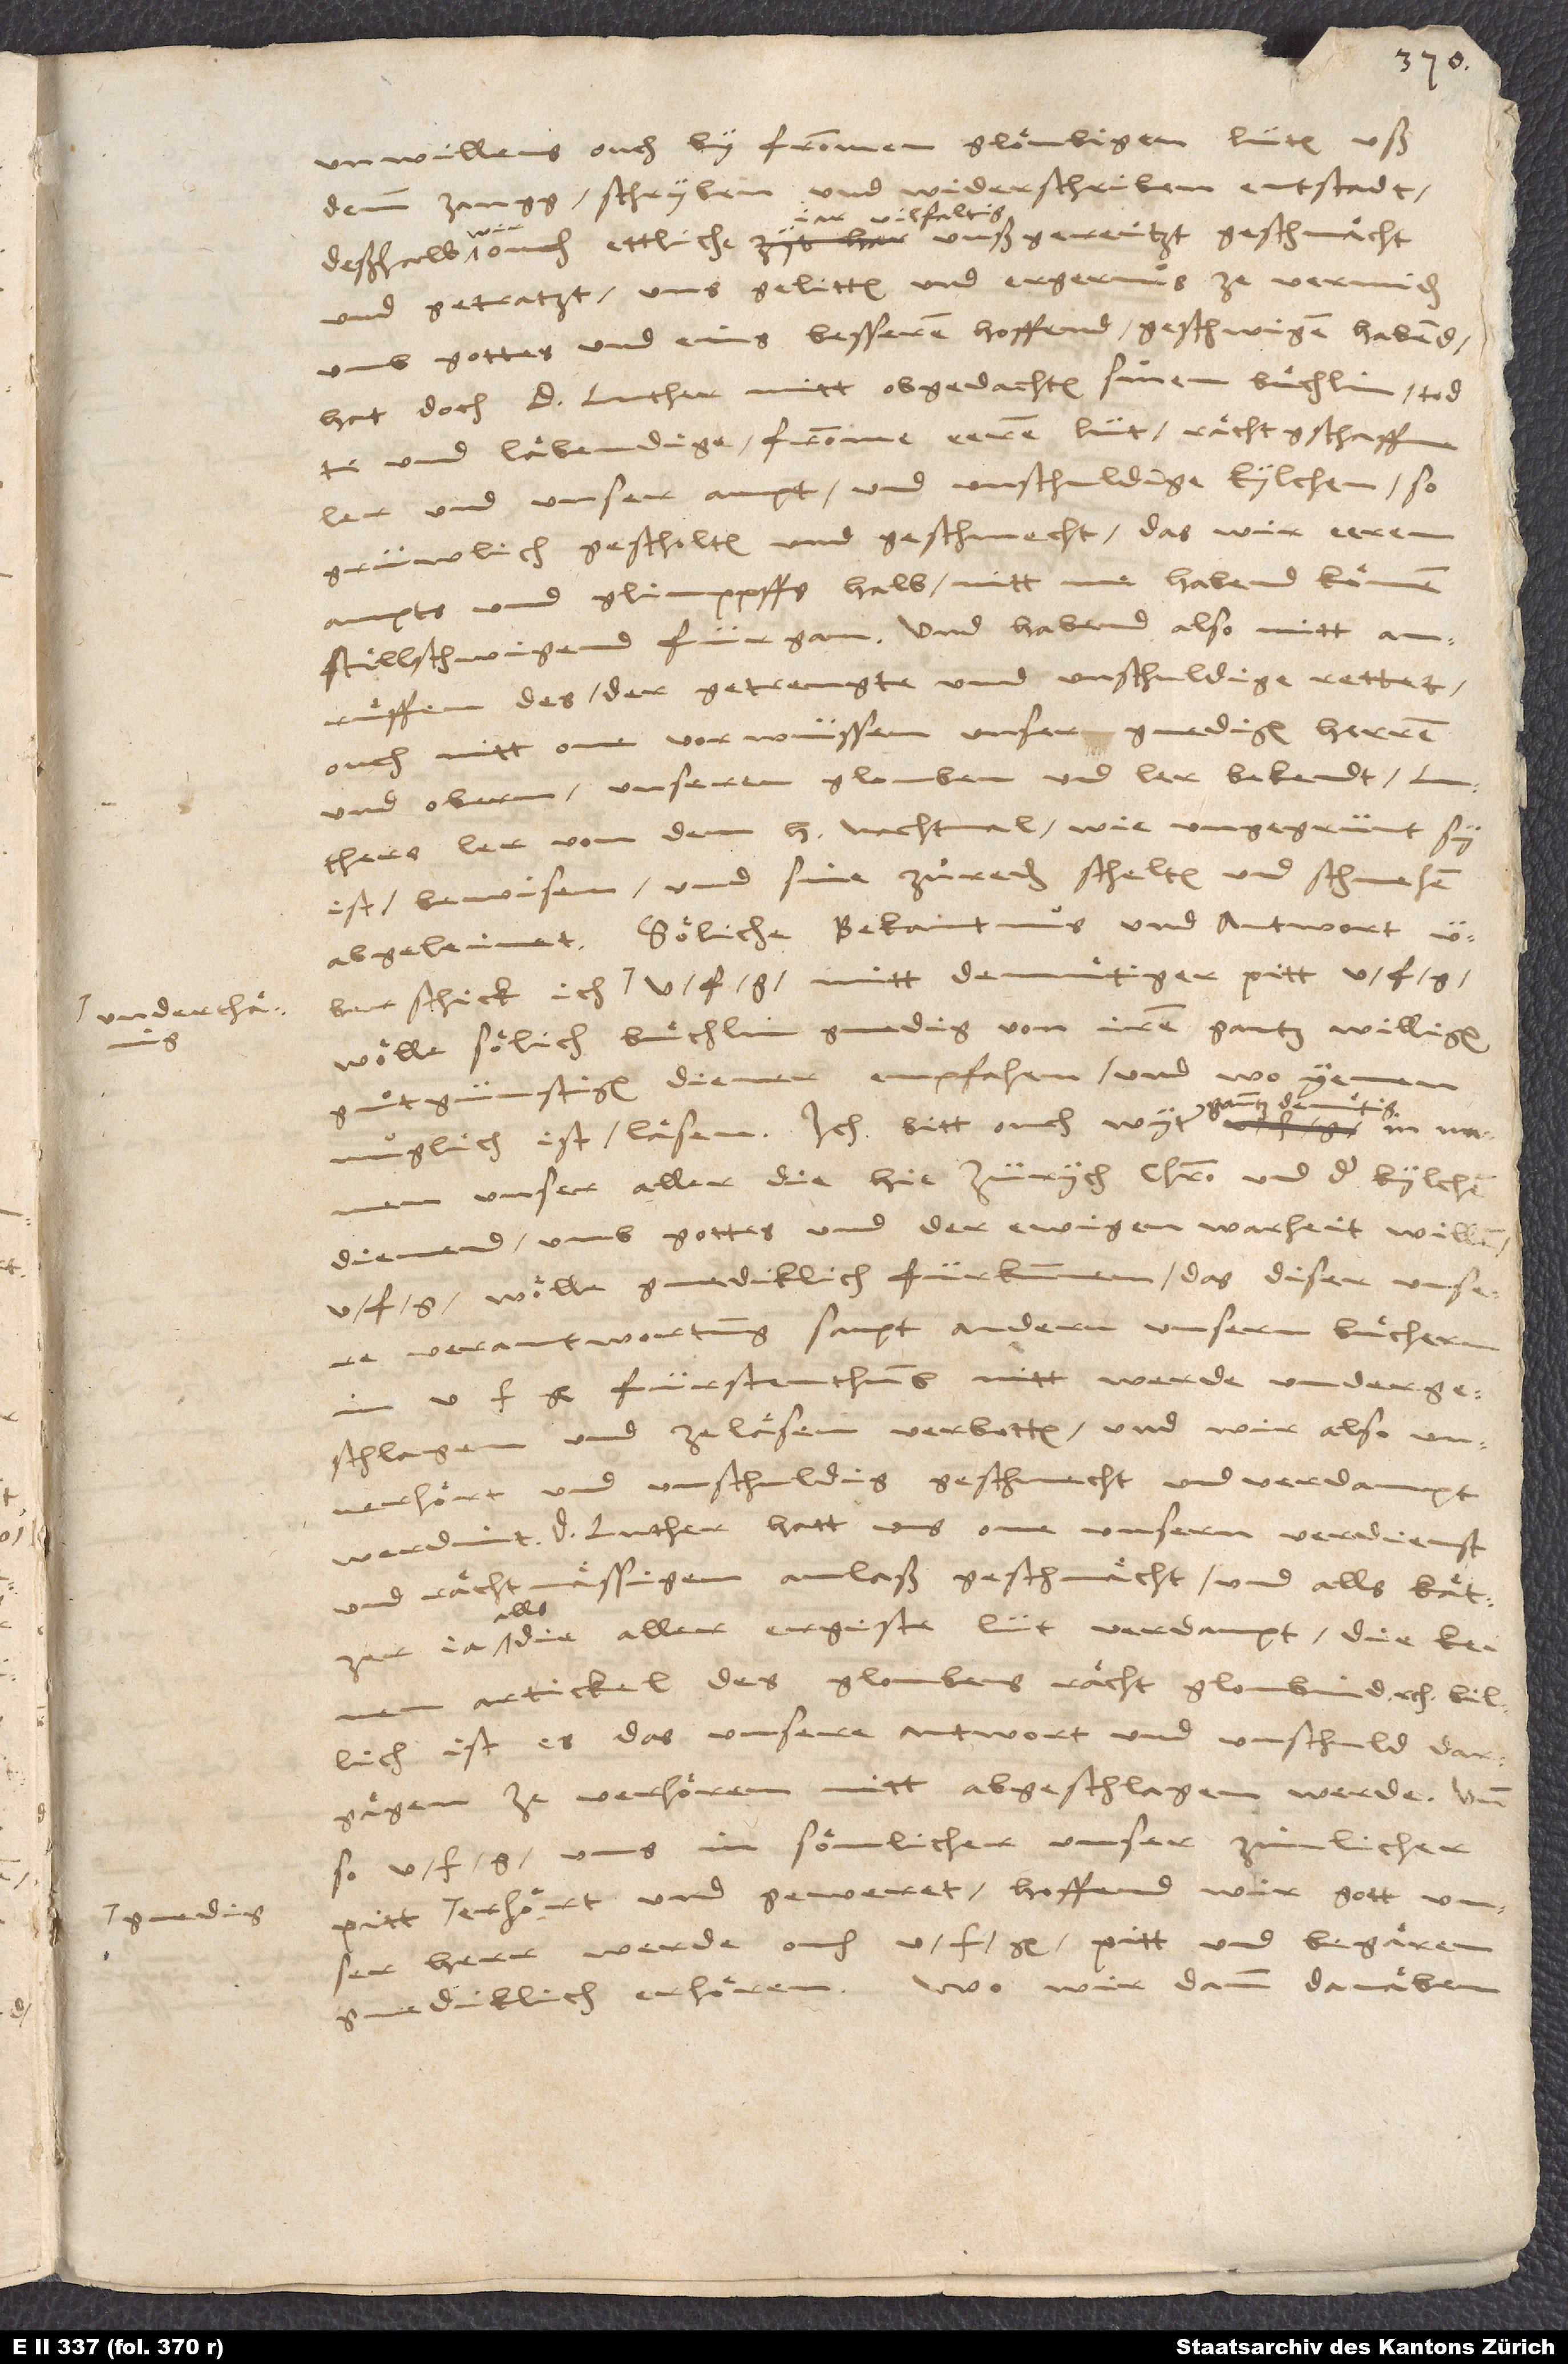
gnedig

ist, bewysen, unnd sine zuͦreden, schelten unnd schmehen
abgeleinet. Söliche bekantnus unnd antwort
wolle solich buͤchlin gnedig von iren gantz willigen,
guͦtgünstigen diener empfahen unnd, wo ienen
müglich, lesen. Ich bitt ouch wyter gantz
unnser aller, die hie Zürich Christo unnd der kilchen
dienend, umb gottes unnd der eewigen warheit willen,
u. f. g. woͤlle gnedigklich fürkummen, das diser unnsere
verantwortung sampt anndern unsern buͤchern
in u. f. g. fürstenthumb nit werde unndergeschlagen
unverhoͤrt unnd unschuldig geschmecht unnd verdampt
werdint. D. Luther hatt uns one unnseren verdienst
unnd rechtmaͤssigen anlaß geschmaͤcht unnd als kätzer,
alls
die aller ergiste lüt verdampt, die keine
artickel deß gloubens recht gloubind, etc. Billich
ist es, das unnsere antwort unnd unschuld dargegen
zuͦ verhoͤren nit abgeschlagen werde. Unnd
so u. f. g. unns in somlicher unnser zimlicher
erhoͤrt unnd geweret, hoffend wir, gott unnser
herr werde ouch u. f. g. pitt unnd begaͤren
gnedigklich erhoͤren. Wo wir dann danaͤben